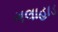
ગલાહાડ